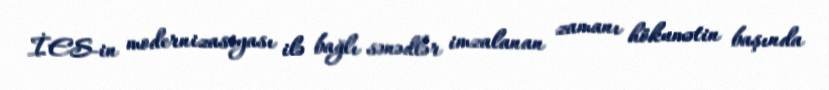
İES-in modernizasiyası ilə bağlı sənədlər imzalanan zamanı hökumətin başında